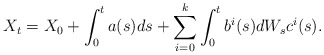
\begin{align*}X_t=X_0 + \int_0^t a(s)ds + \sum\limits_{i=0}^k\int_0^tb^i(s)dW_sc^i(s).\end{align*}